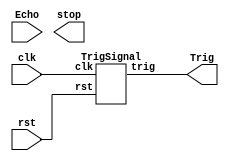
module sonic_top(clk, rst, Echo, Trig, stop);
	input clk, rst, Echo;
	output Trig, stop;

	wire[19:0] dis;
	wire[19:0] d;
    wire clk1M;
	wire clk_2_17;

    div clk1(clk ,clk1M);
	TrigSignal u1(.clk(clk), .rst(rst), .trig(Trig));
	PosCounter u2(.clk(clk1M), .rst(rst), .echo(Echo), .distance_count(dis));

    // [TO-DO] calculate the right distance to trig stop(triggered when the distance is lower than 40 cm)
    // Hint: using "dis"
 
endmodule

module PosCounter(clk, rst, echo, distance_count); 
    input clk, rst, echo;
    output[19:0] distance_count;

    parameter S0 = 2'b00;
    parameter S1 = 2'b01; 
    parameter S2 = 2'b10;
    
    wire start, finish;
    reg[1:0] curr_state, next_state;
    reg echo_reg1, echo_reg2;
    reg[19:0] count, next_count, distance_register, next_distance;
    wire[19:0] distance_count; 

    always@(posedge clk) begin
        if(rst) begin
            echo_reg1 <= 1'b0;
            echo_reg2 <= 1'b0;
            count <= 20'b0;
            distance_register <= 20'b0;
            curr_state <= S0;
        end
        else begin
            echo_reg1 <= echo;   
            echo_reg2 <= echo_reg1; 
            count <= next_count;
            distance_register <= next_distance;
            curr_state <= next_state;
        end
    end

    always @(*) begin
        case(curr_state)
            S0: begin
                if (start) begin
                    next_state = S1;
                    next_count = count;
                end else begin
                    next_state = curr_state;
                    next_count = 20'b0;
                end 
            end
            S1: begin
                if (finish) begin
                    next_state = S2;
                    next_count = count;
                end else begin
                    next_state = curr_state;
                    next_count = count + 1'b1;
                end 
            end
            S2: begin
                next_distance = count;
                next_count = 20'b0;
                next_state = S0;
            end
        endcase
    end

    assign distance_count = distance_register  * 20'd100 / 20'd58; 
    assign start = echo_reg1 & ~echo_reg2;  
    assign finish = ~echo_reg1 & echo_reg2; 
endmodule

module TrigSignal(clk, rst, trig);
    input clk, rst;
    output trig;

    reg trig, next_trig;
    reg[23:0] count, next_count;

    always @(posedge clk, posedge rst) begin
        if (rst) begin
            count <= 24'b0;
            trig <= 1'b0;
        end
        else begin
            count <= next_count;
            trig <= next_trig;
        end
    end
    // every 0.1 sec send out trigger signal last for 10^-5 sec 
    always @(*) begin
        next_trig = trig;
        next_count = count + 1;
        if(count == 24'd999)
            next_trig = 1'b0;
        else if(count == 24'd9999999) begin
            next_trig = 1'b1;
            next_count = 24'd0;
        end
    end
endmodule

module div(clk ,out_clk);
    input clk;
    output out_clk;
    reg out_clk;
    reg [6:0]cnt;
    //1 cycle 10^-6 sec
    always @(posedge clk) begin   
        if(cnt < 7'd50) begin
            cnt <= cnt + 1'b1;
            out_clk <= 1'b1;
        end 
        else if(cnt < 7'd100) begin
	        cnt <= cnt + 1'b1;
	        out_clk <= 1'b0;
        end
        else if(cnt == 7'd100) begin
            cnt <= 7'b0;
            out_clk <= 1'b1;
        end
        else begin 
            cnt <= 7'b0;
            out_clk <= 1'b1;
        end
    end
endmodule